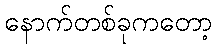
နောက်တစ်ခုကတော့